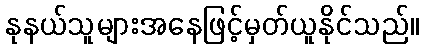
နုနယ်သူများအနေဖြင့်မှတ်ယူနိုင်သည်။